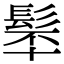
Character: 𩬴